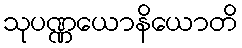
သုပဏ္ဏယောနိယောတိ